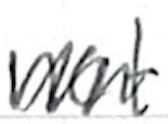
Text: not
Cross-out: zig-zag
Writing tool: ballpoint